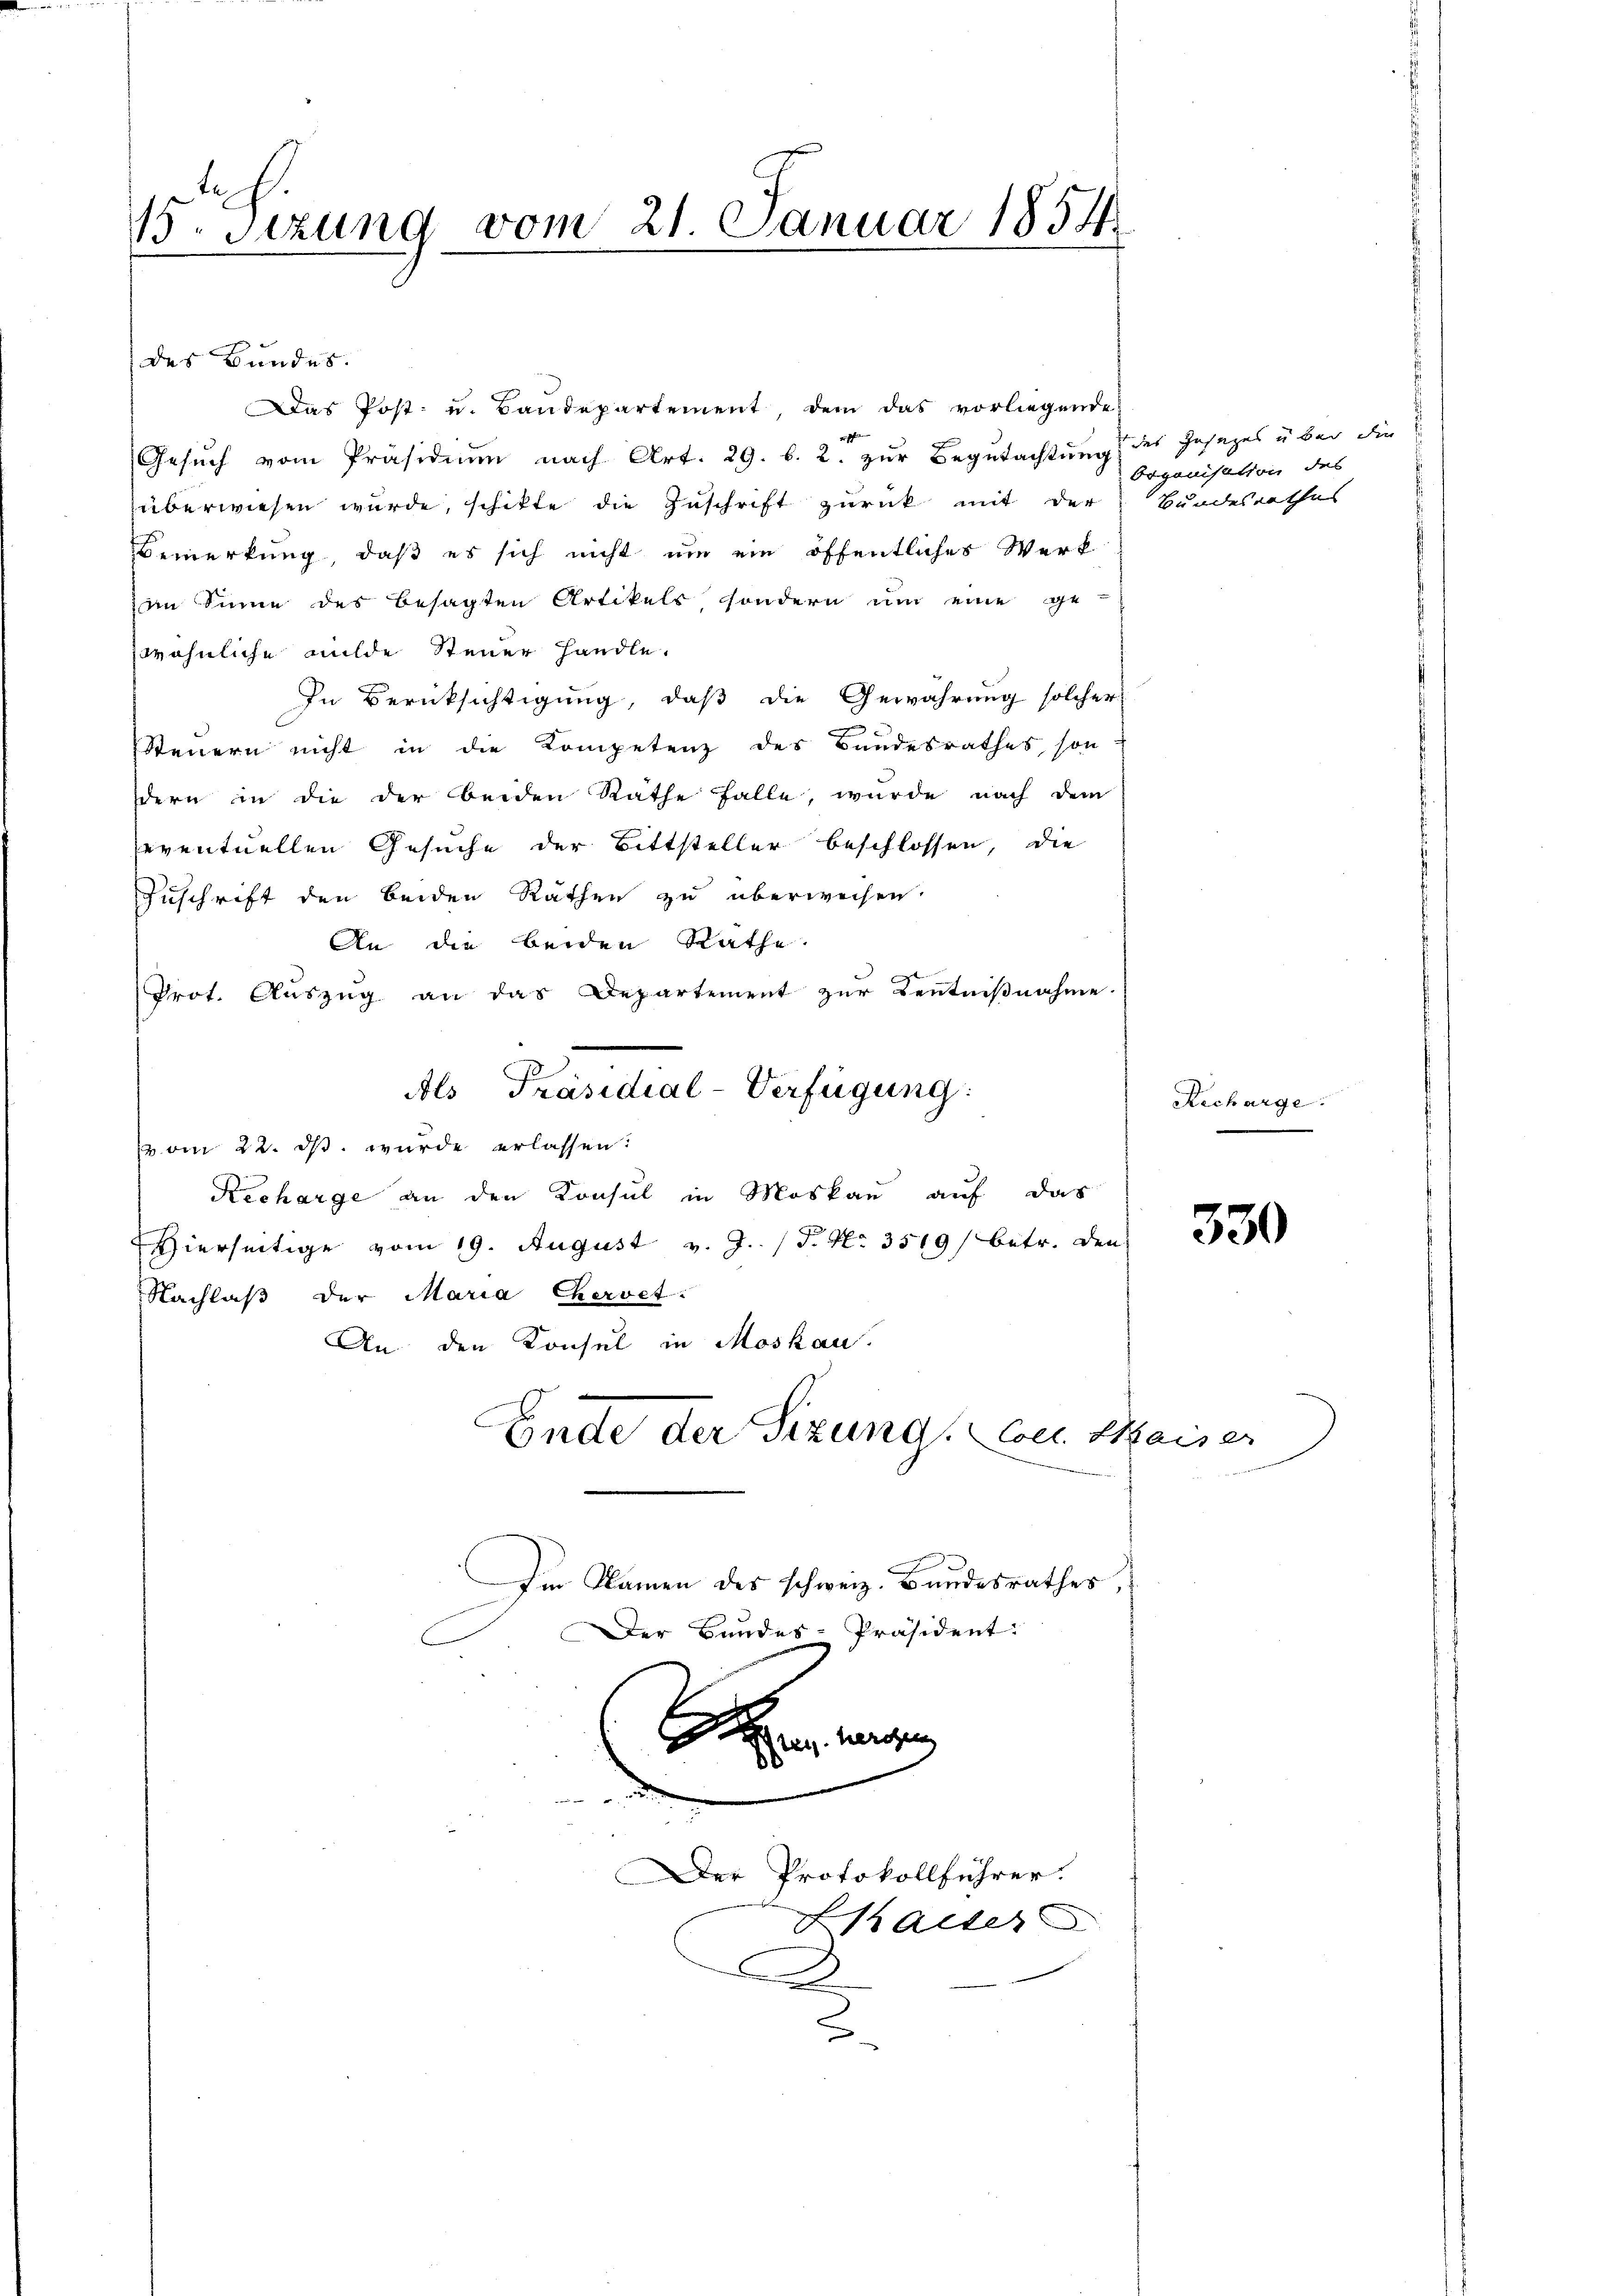
tr
13. Sizung vom 21. Januar 1854.

des Bundes
Gesuch vom Präsidium nach Art. 29. b. 2. zur Begutachtung des Gesezes über die
überwiesen wurde, schikte die Zuschrift zurück mit der
Bemerkung, daß es sich nicht um ein öffentliches Werk
im Sinne des besagten Artikels, sondern um eine ge-
wöhnliche milde Steuer Handle.
In Berücksichtigung, daß die Gewährung solcher
3
Steuern nicht in die Kompetenz des Bandesrathes sondern in die der beiden Rathe Falle, wurde nach dem
eventuellen Gesuche der Bittsteller beschlossen, die
Zuschrift den beiden Räthen zu überweisen.
e
An die beiden Rathe
Prot. Auszug an das Departement zur Kenntnißnahme.
Als Präsidial-Verfügung:
vom 22. ds. wurde erlassen:
Recharge an den Konsul in Moskau auf das
Hierseitige vom 19. August v. J. (T. No. 3519) betr. den
Nachlaβ der Maria Chervet.
An den Konsul in Moskau
Ende der Sizung, bei Kaiser

Das Post- u. Baudepartement, dem das vorliegende
er s

Der Protokollführer.

Im Namen des schweiz. Bundesrathes,
Der Bundes-Präsident:

Frkalter

Organisation des
Bundesrathes

Recharge.
e

330